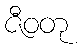
ဇီဝတု